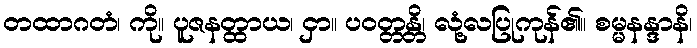
တထာဂတံ၊ ကို။ ပူဇနတ္ထာယ၊ ငှာ။ ပဝတ္တန္တိ၊ လုံ့လပြုကုန်၏။ စမ္မနန္ဒာနိ၊